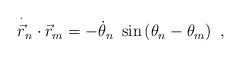
LaTeX: \begin{align*}\overset{\cdot }{\vec{r}}_{n}\cdot \vec{r}_{m}=-\dot{\theta}_{n}~\sin \left(\theta _{n}-\theta _{m}\right) ~, \end{align*}